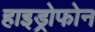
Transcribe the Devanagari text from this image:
हाइड्रोफोन